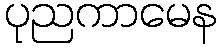
ပုညကာမေန